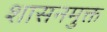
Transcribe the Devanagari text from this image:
शासनमुक्त